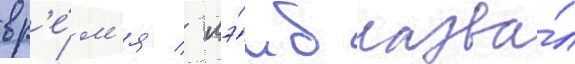
вр'е́м'я / лэ́мб назва́л